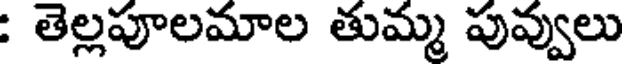
: తెల్లపూలమాల తుమ్మ పువ్వులు